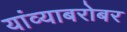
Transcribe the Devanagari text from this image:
यांव्याबरोबर